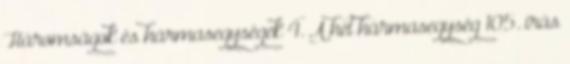
Háromságok és hármasegységek 4. A hét hármasegység 105. írás